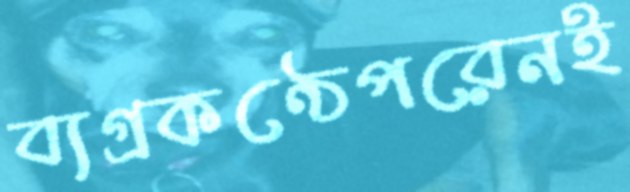
ব্যগ্রকণ্ঠেপরেনই